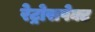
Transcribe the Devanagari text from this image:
रेट्रोसपेक्ट